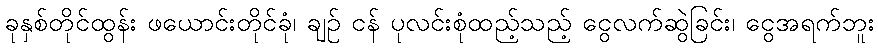
ခုနှစ်တိုင်ထွန်း ဖယောင်းတိုင်ခုံ၊ ချဉ် ငန် ပုလင်းစုံထည့်သည့် ငွေလက်ဆွဲခြင်း၊ ငွေအရက်ဘူး